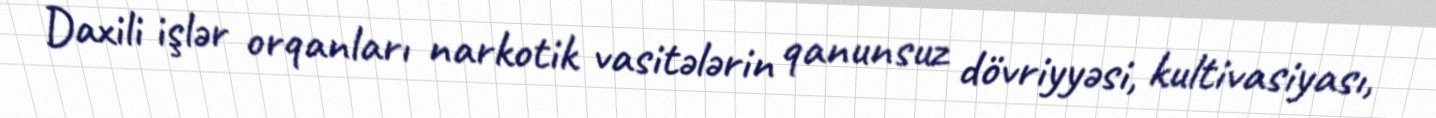
Daxili işlər orqanları narkotik vasitələrin qanunsuz dövriyyəsi, kultivasiyası,